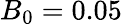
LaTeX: B_{0}=0.05